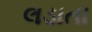
લડાતા